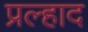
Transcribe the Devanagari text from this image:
प्रल्‍हाद